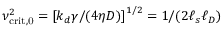
\nu _ { \mathrm { c r i t , 0 } } ^ { 2 } = \left[ k _ { d } \gamma / ( 4 \eta D ) \right] ^ { 1 / 2 } = 1 / ( { 2 \ell _ { s } \ell _ { D } } )